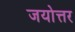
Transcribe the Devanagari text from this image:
जयोत्तर